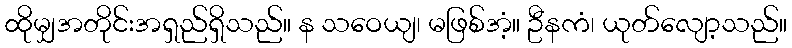
ထိုမျှအတိုင်းအရှည်ရှိသည်။ န သဝေယျ၊ မဖြစ်အံ့။ ဦနကံ၊ ယုတ်လျော့သည်။